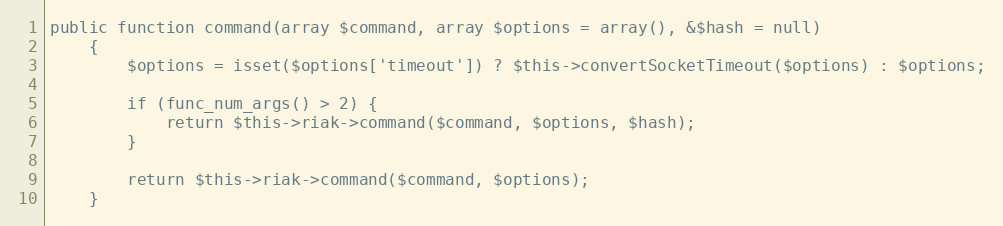
Language: PHP
public function command(array $command, array $options = array(), &$hash = null)
    {
        $options = isset($options['timeout']) ? $this->convertSocketTimeout($options) : $options;

        if (func_num_args() > 2) {
            return $this->riak->command($command, $options, $hash);
        }

        return $this->riak->command($command, $options);
    }